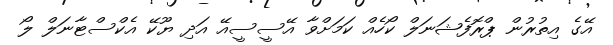
އޭގެ އިތުރުން ޕްރޮފެޝަނަލް ކޯހެއް ކަމަށްވާ އޭސީސީއޭ އަދި ޔޫކޭ އެކްސްޓާނަލް ލޯ